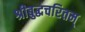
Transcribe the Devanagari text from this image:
श्रीबुद्धचरितम्